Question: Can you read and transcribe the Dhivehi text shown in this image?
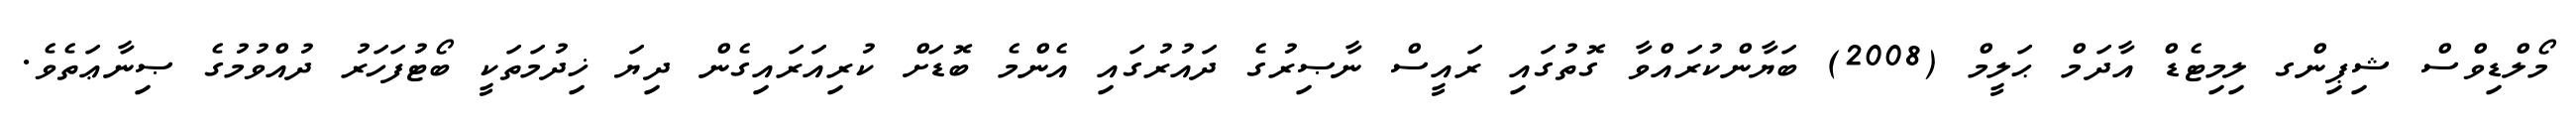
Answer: މޯލްޑިވްސް ޝިޕިންގ ލިމިޓެޑް އާދަމް ޙަލީމް (2008) ބަޔާންކުރައްވާ ގޮތުގައި ރައީސް ނާޞިރުގެ ދައުރުގައި އެންމެ ބޮޑަށް ކުރިއަރައިގެން ދިޔަ ޚިދުމަތަކީ ބޯޓުފަހަރު ދުއްވުމުގެ ޞިނާޢަތެވެ.